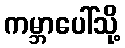
ကမ္ဘာပေါ်သို့